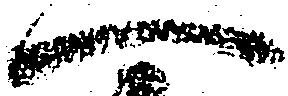
へ